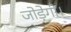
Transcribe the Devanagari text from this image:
जोड़ेगीं।